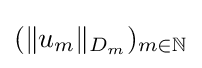
(\Vert u_{m}\Vert _{D_{m}})_{m\in \mathbb {N} }